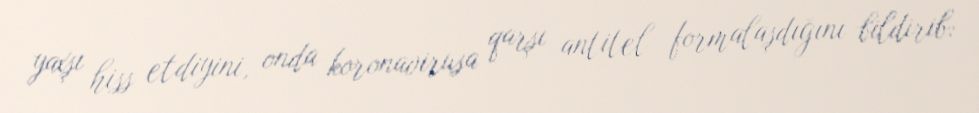
yaxşı hiss etdiyini, onda koronavirusa qarşı antitel formalaşdığını bildirib: